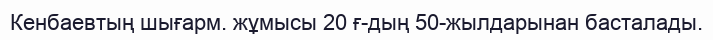
Кенбаевтың шығарм. жұмысы 20 ғ-дың 50-жылдарынан басталады.